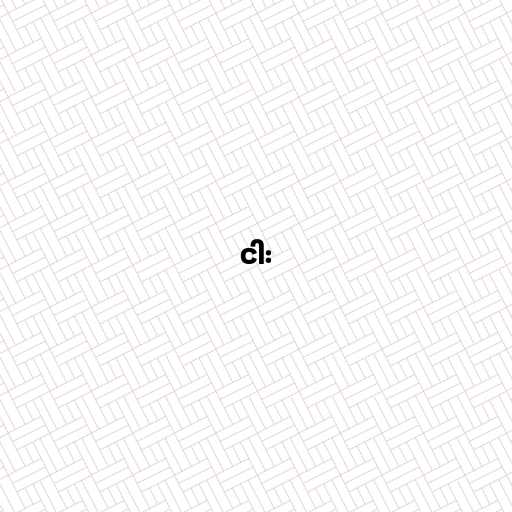
ငါး